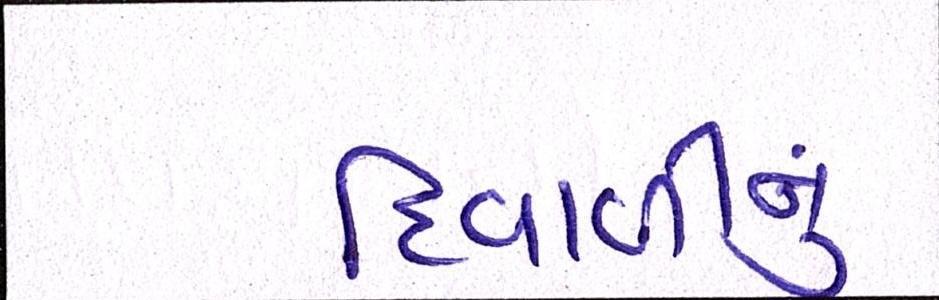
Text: દિવાળીનું